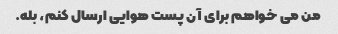
من می خواهم برای آن پست هوایی ارسال کنم، بله.